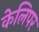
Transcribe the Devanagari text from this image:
केलिपर